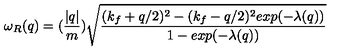
\omega _ { R } ( q ) = ( \frac { | q | } { m } ) \sqrt { \frac { ( k _ { f } + q / 2 ) ^ { 2 } - ( k _ { f } - q / 2 ) ^ { 2 } e x p ( - \lambda ( q ) ) } { 1 - e x p ( - \lambda ( q ) ) } }